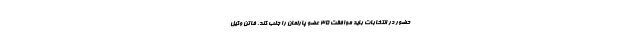
حضور در انتخابات باید موافقت ۳۵ عضو پارلمان را جلب کند. فاتن وکیل